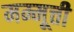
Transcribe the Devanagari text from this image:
मम्मूत्ती